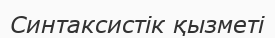
Синтаксистік қызметі